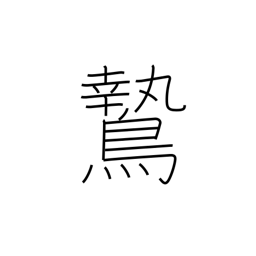
Meaning: daring